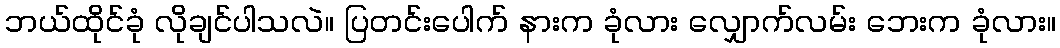
ဘယ်ထိုင်ခုံ လိုချင်ပါသလဲ။ ပြတင်းပေါက် နားက ခုံလား လျှောက်လမ်း ဘေးက ခုံလား။